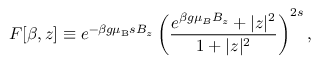
F [ \beta , z ] \equiv e ^ { - \beta g { \ensuremath { \mu _ { \mathrm { B } } } } s B _ { z } } \left( \frac { e ^ { \beta g \mu _ { B } B _ { z } } + | z | ^ { 2 } } { 1 + | z | ^ { 2 } } \right) ^ { 2 s } ,